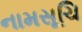
નામસૂચિ